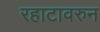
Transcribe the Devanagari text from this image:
रहाटावरुन